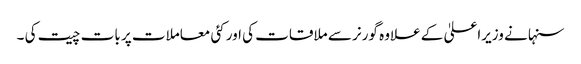
سنہا نے وزیراعلیٰ کے علاوہ گورنر سے ملاقات کی اور کئی معاملات پر بات چیت کی ۔